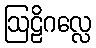
ဩဠိဂလ္လေ